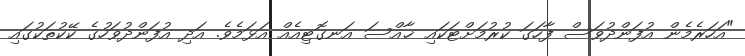
"އަހަރެމެން އުފަންދުވަސް ފާހަގަ ކުރުމަށްޓަކައި ޚާއްސަ އަނގޮޓިއެއް އަޅަމެވެ. އަދި އުފަންދުވަހުގެ ކޭކުތަކުގައި